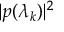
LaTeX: | p ( \lambda _ { k } ) | ^ { 2 }